画像に写った文字を読んでください
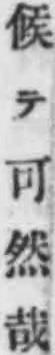
「候テ可然哉」と書いてあります